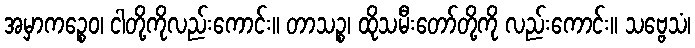
အမှာကဉ္စေဝ၊ ငါတို့ကိုလည်းကောင်း။ တာသဉ္စ၊ ထိုသမီးတော်တို့ကို လည်းကောင်း။ သဗ္ဗေသံ၊